Annual report of the Punjab Veterinary College and of the Civil Veterinary Department, Punjab - 1920-1925
Year: 1920
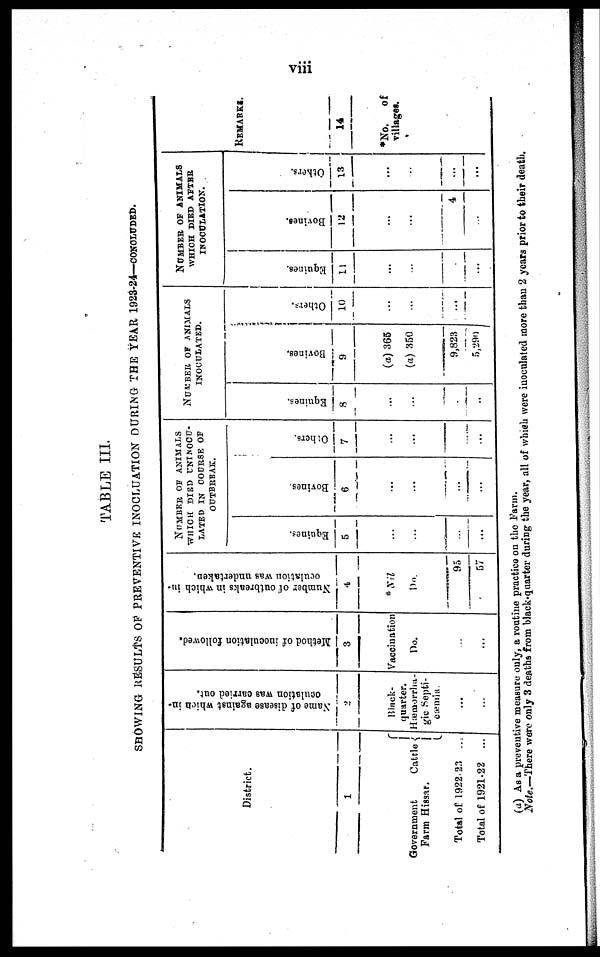
viii
TABLE III.
SHOWING RESULTS OF PREVENTIVE INOCLUATION DURING THE ŸEAR 1923-24—CONCLUDED.
District.
1
Government
Cattle
Farm Hissar.
Total of 1922-23 ...
Total of 1921-22 ...
Name of disease against which in-
oculation was carried out.
2
Black-
quarter.
Hæmorrha-
gic Septi-
cæmia.
...
...
Method of inoculation followed.
3
Vaccination
Do.
...
...
Number of outbreaks in which in-
oculation was undertaken,
4
*Nil
Do.
95
57
NUMBER OF ANIMALS
WHICH DIED UNTNOCU-
LATED IN COURSE OF
Equines.
5
...
..
...
...
OUTBREAK.
Bovines.
6
...
...
...
...
Others.
7
...
...
...
NUMBER OF ANIMALS
INOCULATED.
Equines.
8
...
...
...
..
Bovines.
9
(a) 365
(a) 350
9,823
5,290
Others.
10
...
...
...
NUMBER OF ANIMALS
WHICH DIED AFTER
INOCULATION.
Equines.
11
...
..
.
...
Bovines.
12
...
...
4
Others.
13
...
...
...
...
REMARKS.
14
*No. of
villages.
(a) As a preventive measure only, a routine practice on the Farm.
Note.—There were only 3 deaths from black-quarter during the year, all of which were inoculated more than 2 years prior to their death.